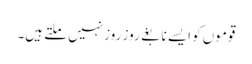
قوموں کو ایسے نابغے روز روز نہیں ملتے ہیں۔